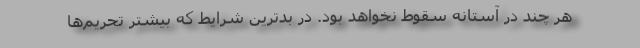
هر چند در آستانه سقوط نخواهد بود. در بدترین شرایط که بیشتر تحریم‌ها